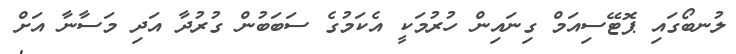
ލުނބޯގައި ޕޮޓޭސިއަމް ގިނައިން ހުރުމަކީ އެކަމުގެ ސަބަބުން ގުރުދާ އަދި މަސާނާ އަށް